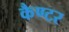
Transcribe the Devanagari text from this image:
कैण्टर